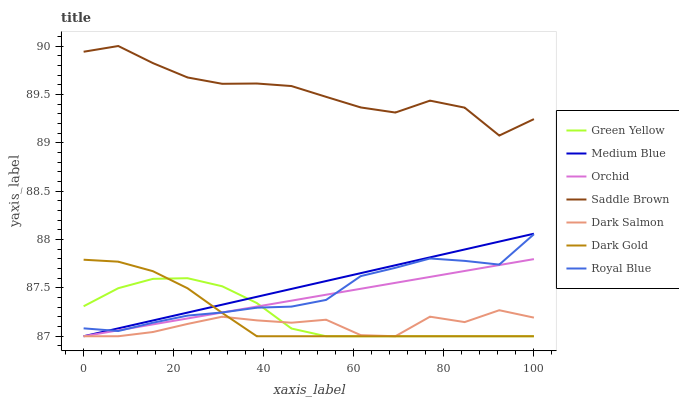
| xaxis_label | Green Yellow | Medium Blue | Orchid | Saddle Brown | Dark Salmon | Dark Gold | Royal Blue |
 | --- | --- | --- | --- | --- | --- | --- | --- |
 | 0 | 87.3 | 87 | 87 | 89.9 | 87 | 87.8 | 87.1 |
 | 7.69 | 87.5 | 87.1 | 87.1 | 90 | 87 | 87.8 | 87.1 |
 | 15.4 | 87.6 | 87.2 | 87.1 | 89.8 | 87 | 87.7 | 87.1 |
 | 23.1 | 87.6 | 87.2 | 87.2 | 89.7 | 87.1 | 87.5 | 87.2 |
 | 30.8 | 87.5 | 87.3 | 87.2 | 89.6 | 87.2 | 87.2 | 87.2 |
 | 38.5 | 87.3 | 87.4 | 87.3 | 89.6 | 87.2 | 87 | 87.3 |
 | 46.2 | 87.1 | 87.5 | 87.4 | 89.6 | 87.1 | 87 | 87.3 |
 | 53.8 | 87 | 87.6 | 87.4 | 89.5 | 87.2 | 87 | 87.4 |
 | 61.5 | 87 | 87.7 | 87.5 | 89.4 | 87 | 87 | 87.6 |
 | 69.2 | 87 | 87.7 | 87.6 | 89.3 | 87 | 87 | 87.7 |
 | 76.9 | 87 | 87.8 | 87.6 | 89.4 | 87.2 | 87 | 87.8 |
 | 84.6 | 87 | 87.9 | 87.7 | 89.4 | 87.1 | 87 | 87.8 |
 | 92.3 | 87 | 88 | 87.7 | 89.1 | 87.3 | 87 | 87.7 |
 | 100 | 87 | 88.1 | 87.8 | 89.2 | 87.2 | 87 | 88.1 |